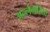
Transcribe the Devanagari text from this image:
अल्लेगरिया